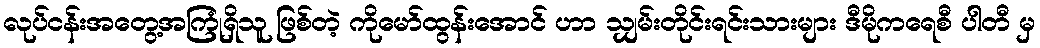
လုပ်ငန်းအတွေ့အကြုံရှိသူ ဖြစ်တဲ့ ကိုမော်ထွန်းအောင် ဟာ သျှမ်းတိုင်းရင်းသားများ ဒီမိုကရေစီ ပါတီ မှ